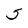
Character: 5